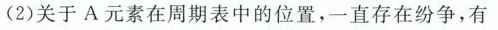
(2)关于A元素在周期表中的位置，一直存在纷争，有